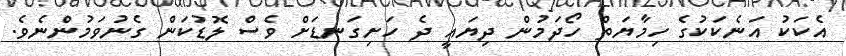
އެކަކު އަނެކަކުގެ ހިމާޔަތް ހޯދަމުން ދިޔައީ ދެ ހަށިގަނޑަށް ވެސް ލޮޑުކަން ގެނުވަމުންނެވެ.